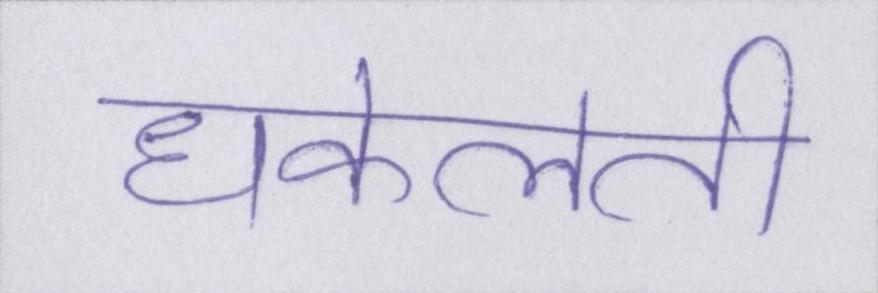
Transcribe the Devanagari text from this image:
धकेलती